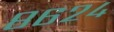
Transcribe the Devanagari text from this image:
८६२४